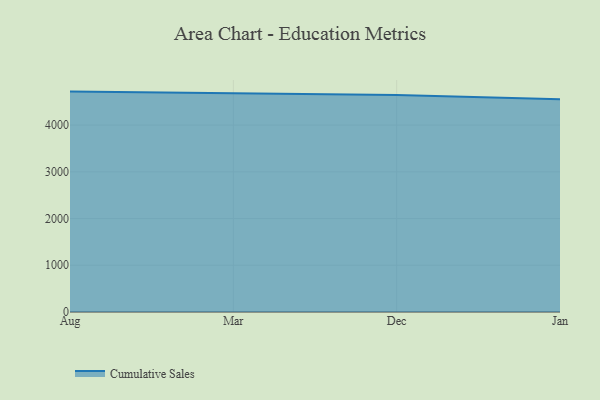
{"axis": {"x": "Month", "y": "Gross Profit (USD K)"}, "legend": ["Cumulative Sales"], "data": [{"x": "Aug", "y": 4717.2, "type": "Cumulative Sales"}, {"x": "Mar", "y": 4680.7, "type": "Cumulative Sales"}, {"x": "Dec", "y": 4645.4, "type": "Cumulative Sales"}, {"x": "Jan", "y": 4551.6, "type": "Cumulative Sales"}]}